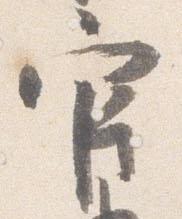
官